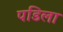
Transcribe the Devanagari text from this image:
पडिला